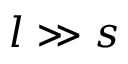
l \gg s